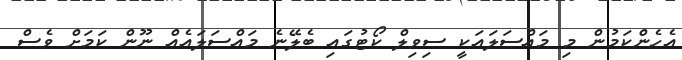
އެހެންކަމުން މި މައްސަލައަކީ ސިވިލް ކޯޓުގައި ބެލޭނެ މައްސަލައެއް ނޫން ކަމަށް ވެސް